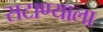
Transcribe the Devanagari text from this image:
सटाण्याला